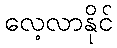
လေ့လာနိုင်